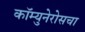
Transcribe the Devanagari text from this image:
कॉम्युनेरोसचा